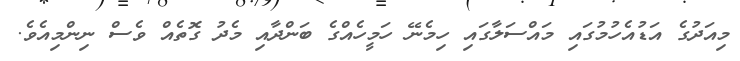
މިއަދުގެ އަޑުއެހުމުގައި މައްސަލާގައި ހިމެނޭ ހަމީހެއްގެ ބަންދާއި މެދު ގޮތެއް ވެސް ނިންމިއެވެ.